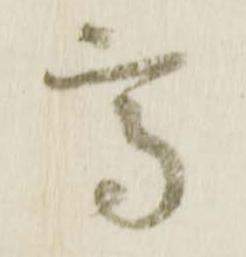
高